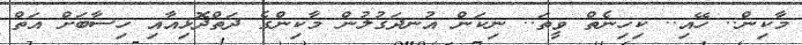
މާކިން.. ހޭއި.. ކިހިނެތް ވީތަ.. ނިކަން އުނދަގުލުން މާކިންގެ ދަތްދޮޅިއާއި ހިސާބަށް އަތް